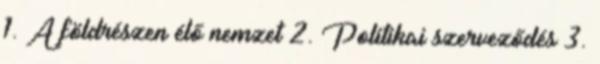
1. A földrészen élő nemzet 2. Politikai szerveződés 3.